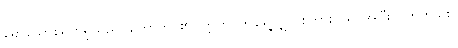
ရောသောစရိုက်ရှိသည်။ ဟောတိ၊ ၏။ ဣတိ၊ ဤရွေ့လျှင် စကားတရပ်အပြီးသတ်တည်း။